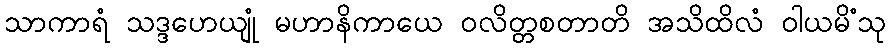
သာကာရံ သဒ္ဒဟေယျုံ မဟာနိကာယေ ဝလိတ္တစတာတိ အသိထိလံ ဝါယမိံသု